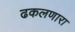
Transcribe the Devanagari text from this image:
ढकलणारा